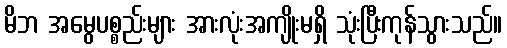
မိဘ အမွေပစ္စည်းများ အားလုံးအကျိုးမရှိ သုံးပြီးကုန်သွားသည်။